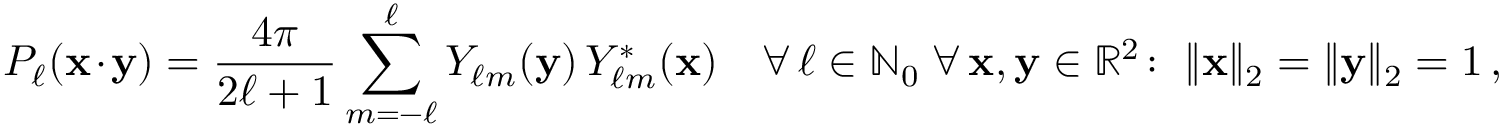
P _ { \ell } ( \mathbf { x } \cdot \mathbf { y } ) = { \frac { 4 \pi } { 2 \ell + 1 } } \sum _ { m = - \ell } ^ { \ell } Y _ { \ell m } ( \mathbf { y } ) \, Y _ { \ell m } ^ { * } ( \mathbf { x } ) \quad \forall \, \ell \in \mathbb { N } _ { 0 } \; \forall \, \mathbf { x } , \mathbf { y } \in \mathbb { R } ^ { 2 } \colon \; \| \mathbf { x } \| _ { 2 } = \| \mathbf { y } \| _ { 2 } = 1 \, ,